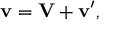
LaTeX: \mathbf { v } = \mathbf { V } + \mathbf { v } ^ { \prime } ,